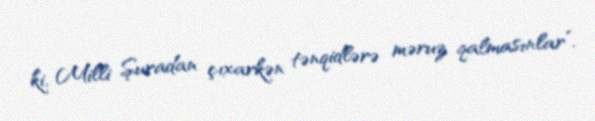
ki, Milli Şuradan çıxarkən tənqidlərə məruz qalmasınlar”.